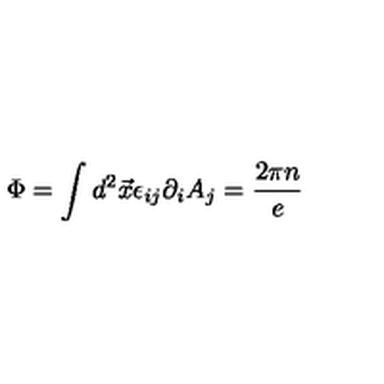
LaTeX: \Phi = \int d ^ { 2 } \vec { x } \epsilon _ { i j } \partial _ { i } A _ { j } = \frac { 2 \pi n } { e }